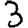
Digit: 3